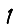
Digit: 1